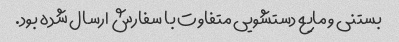
بستنی و مایع دستشویی متفاوت با سفارش ارسال شده بود.